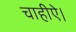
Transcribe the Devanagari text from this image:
चाहीऐ।